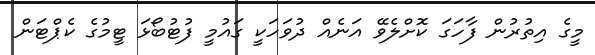
މީގެ އިތުރުން ފާހަގަ ކޮށްލެވޭ އަނެއް ދުވަހަކީ ގައުމީ ފުޓުބޯޅަ ޓީމުގެ ކެޕްޓަން